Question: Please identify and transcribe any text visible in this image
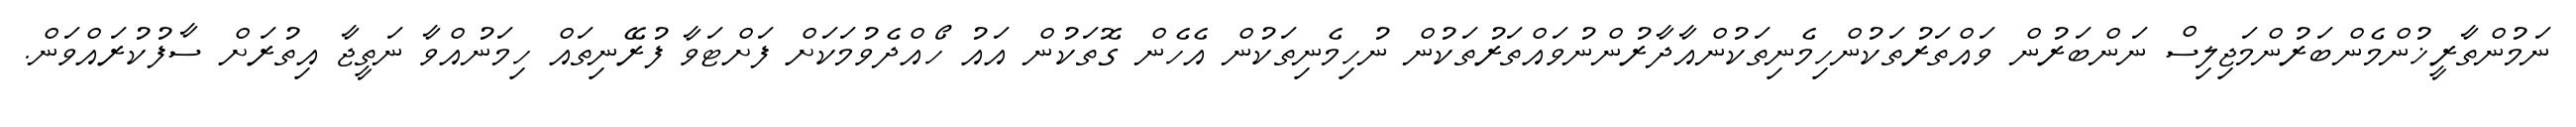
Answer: ނަމުންތާރީޚުންމެންބަރުންމަޖިލިސް ނަންބަރުން ވައްތަރުތަކުންހިމެނިތަކުންއާދާރުންނުވައްތަރުތަކުން ނުހިމެނިތަކުން އެހެން ގޮތަކުން އައު ހޯއްދެވުމަކަށް ފަށްޓަވާ ފުރޭނިތައް ހިމަނުއްވާ ނަތީޖާ އިތުރަށް ސާފުކުރައްވަން.